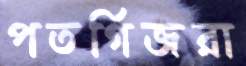
পতর্গিজরা